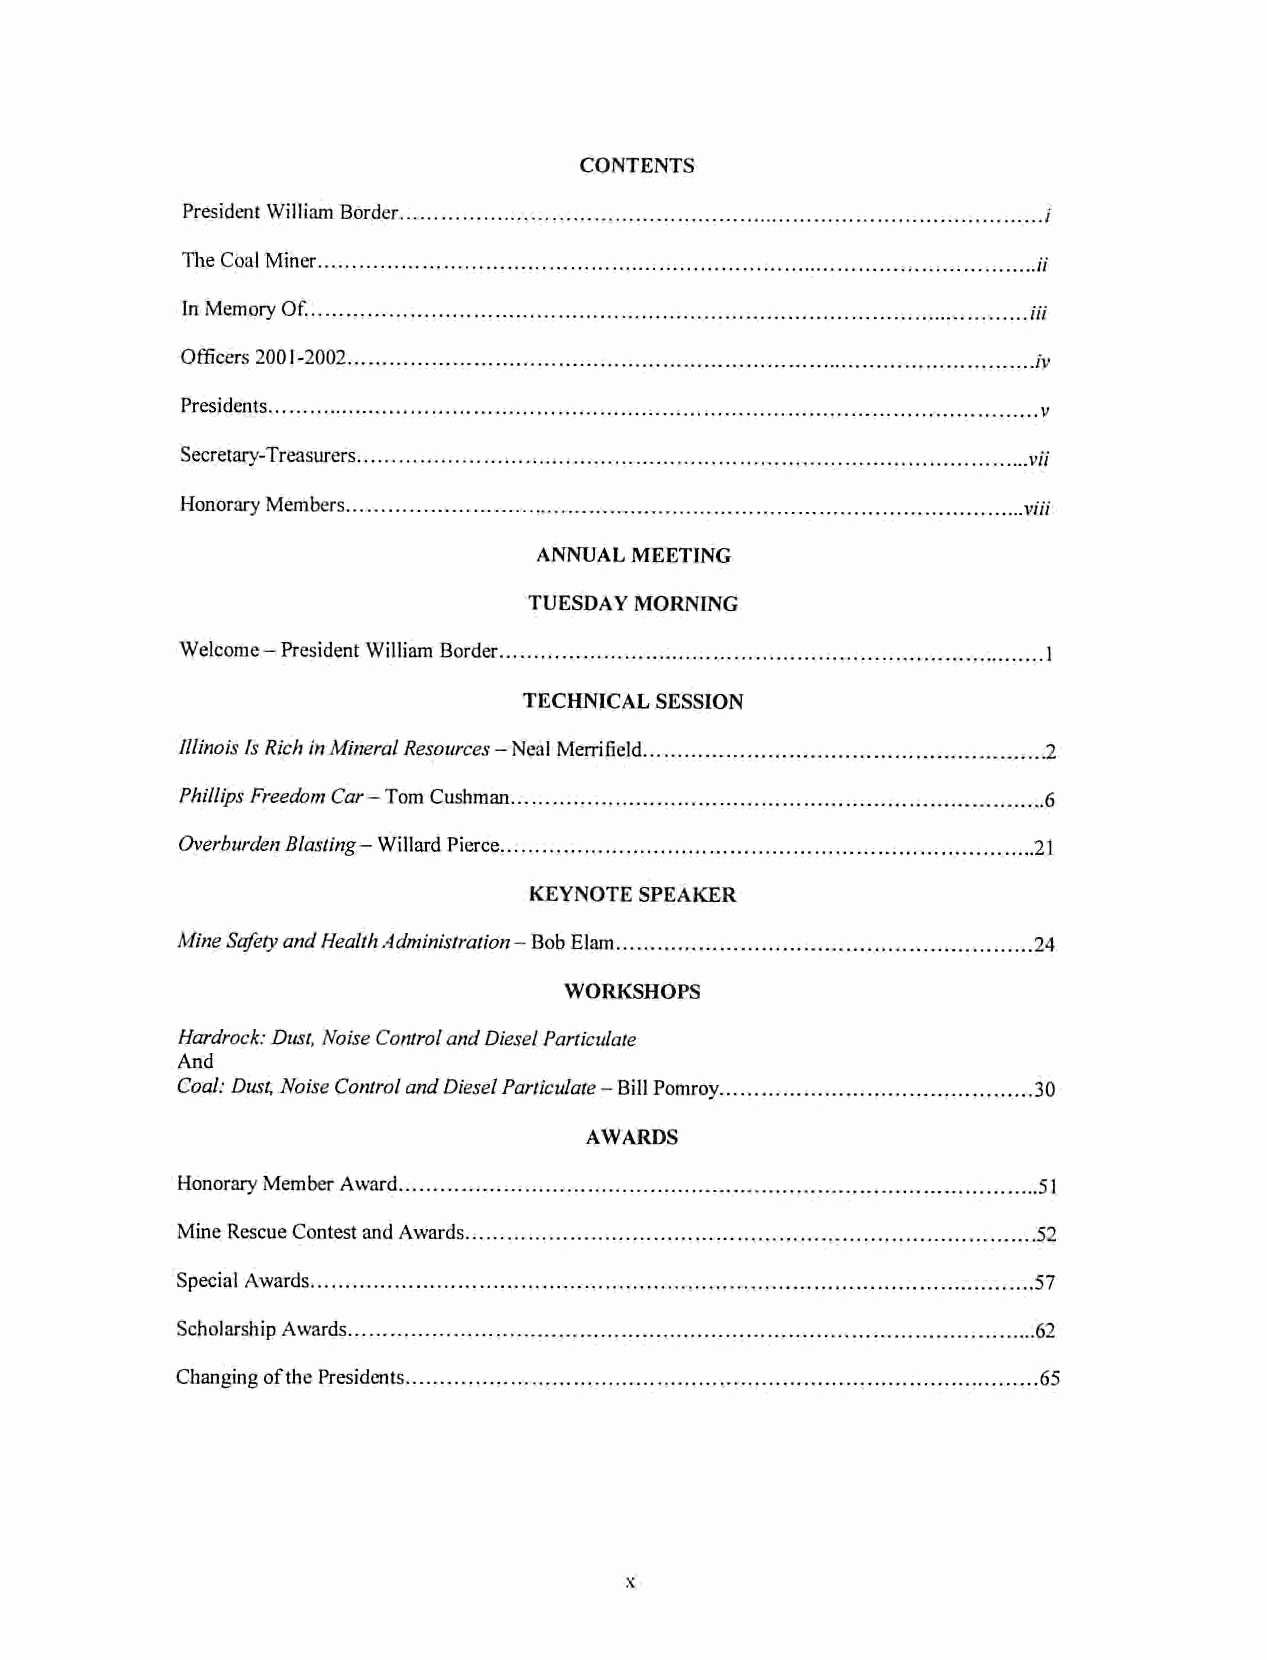
CONTENTS
 President William Border                                 /
 The Coal Miner                                           /;
 In Memory Of.                                           ///
 Officers2001-2002                                        /v
 Presidents                                               v
 Secretary-Treasurers                                    V/7
 Honorary Members                                        v/7;
 ANNUAL MEETING
 TUESDAY MORNING
 Welcome- President WilliamBorder                         1
 TECHNICAL SESSION
 IllinoisIsRichinMineralResources-Neal Merrifield         2
 Phillips FreedomCar-Tom Cushman                          6
 OverburdenBlasting- WillardPierce                       21
 KEYNOTE SPEAKER
 MineSafetyandHealthAdministration- BobElam              24
 WORKSHOPS
 Hardrock: Dust, NoiseControlandDieselParticulate
 And
 Coal:Dust, NoiseControlandDieselParticulate-Bill Pomroy 30
 AWARDS
 HonoraryMember Award                                     51
 Mine RescueContestand Awards                             52
 Special Awards                                           57
 Scholarship Awards                                       62
 Changingofthe Presidents                                 65